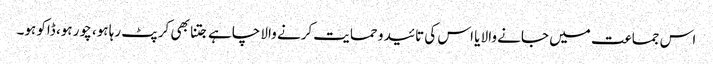
اس جماعت میں جانے والا یا اس کی تائید و حمایت کرنے والا چاہے جتنا بھی کرپٹ رہا ہو، چور ہو، ڈاکو ہو۔